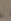
.